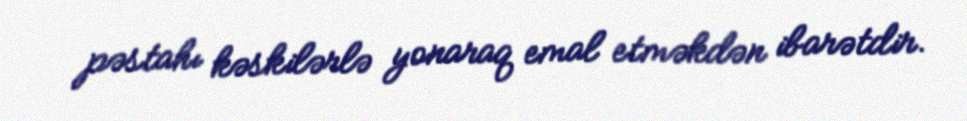
pəstahı kəskilərlə yonaraq emal etməkdən ibarətdir.